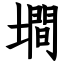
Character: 墹